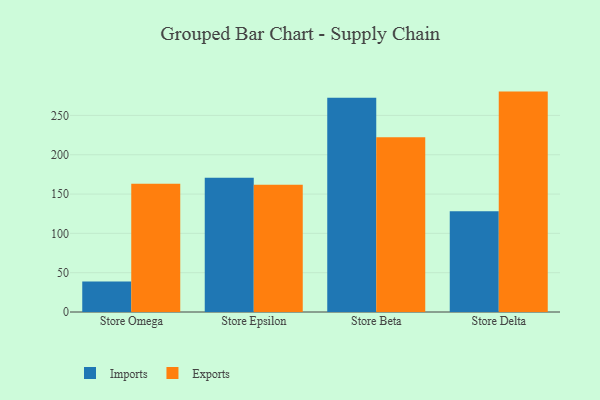
{"axis": {"x": "Store", "y": "Satisfaction Score"}, "legend": ["Exports", "Imports"], "data": [{"x": "Store Omega", "y": 38.8, "type": "Imports"}, {"x": "Store Omega", "y": 163.1, "type": "Exports"}, {"x": "Store Epsilon", "y": 170.8, "type": "Imports"}, {"x": "Store Epsilon", "y": 161.7, "type": "Exports"}, {"x": "Store Beta", "y": 272.5, "type": "Imports"}, {"x": "Store Beta", "y": 222.2, "type": "Exports"}, {"x": "Store Delta", "y": 128.0, "type": "Imports"}, {"x": "Store Delta", "y": 280.3, "type": "Exports"}]}